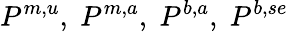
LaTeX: P^{m,u},\; P^{m,a},\; P^{b,a},\; P^{b,se}